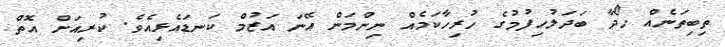
ތިބިތަނެއް ހޯދާ ބަދަލުހިފުމުގެ ހުރިހާކަމެއް ނިންމަން އޭނަ އަޒުމް ކަނޑައެޅިއެވެ. ކުރިއަށް އޮތް